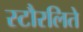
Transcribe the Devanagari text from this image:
स्टौरलिते